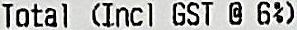
TOTAL (INCL GST @ 6%)